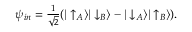
\psi _ { i n } = { \textstyle \frac { 1 } { \sqrt { 2 } } } ( | \uparrow _ { A } \rangle | \downarrow _ { B } \rangle - | \downarrow _ { A } \rangle | \uparrow _ { B } \rangle ) .